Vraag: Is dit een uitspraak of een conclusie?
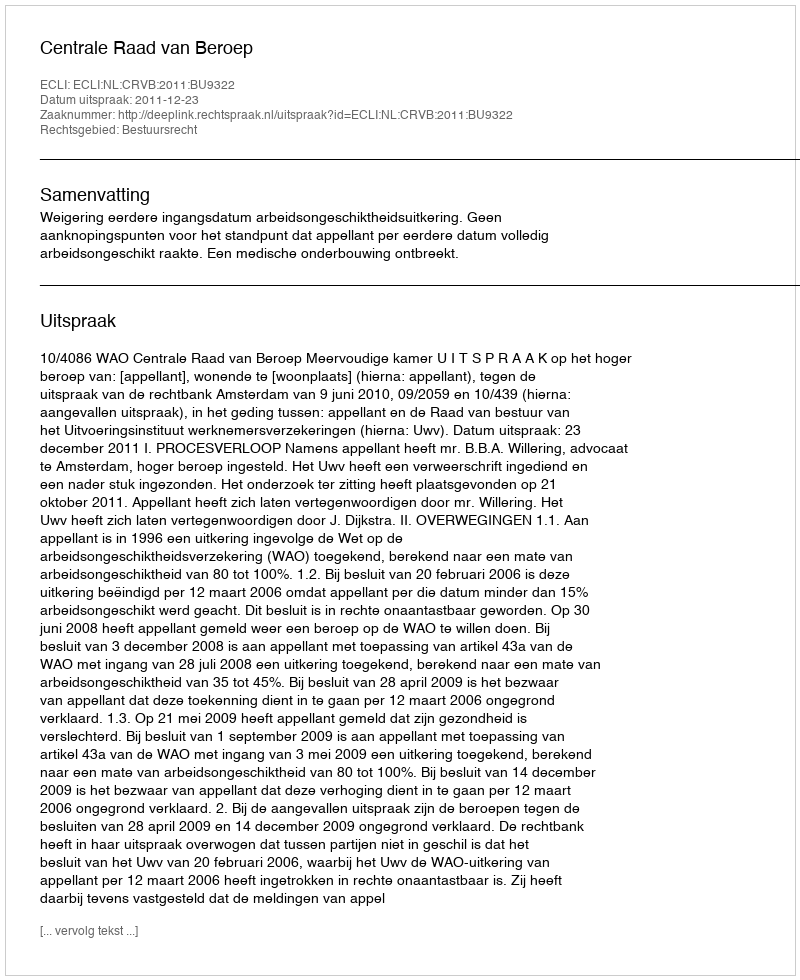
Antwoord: Uitspraak